342_HS1-416511228_319.1 Flying Discs 1949
Agency: Department of War
Incident date: 1/9/50
Page 65
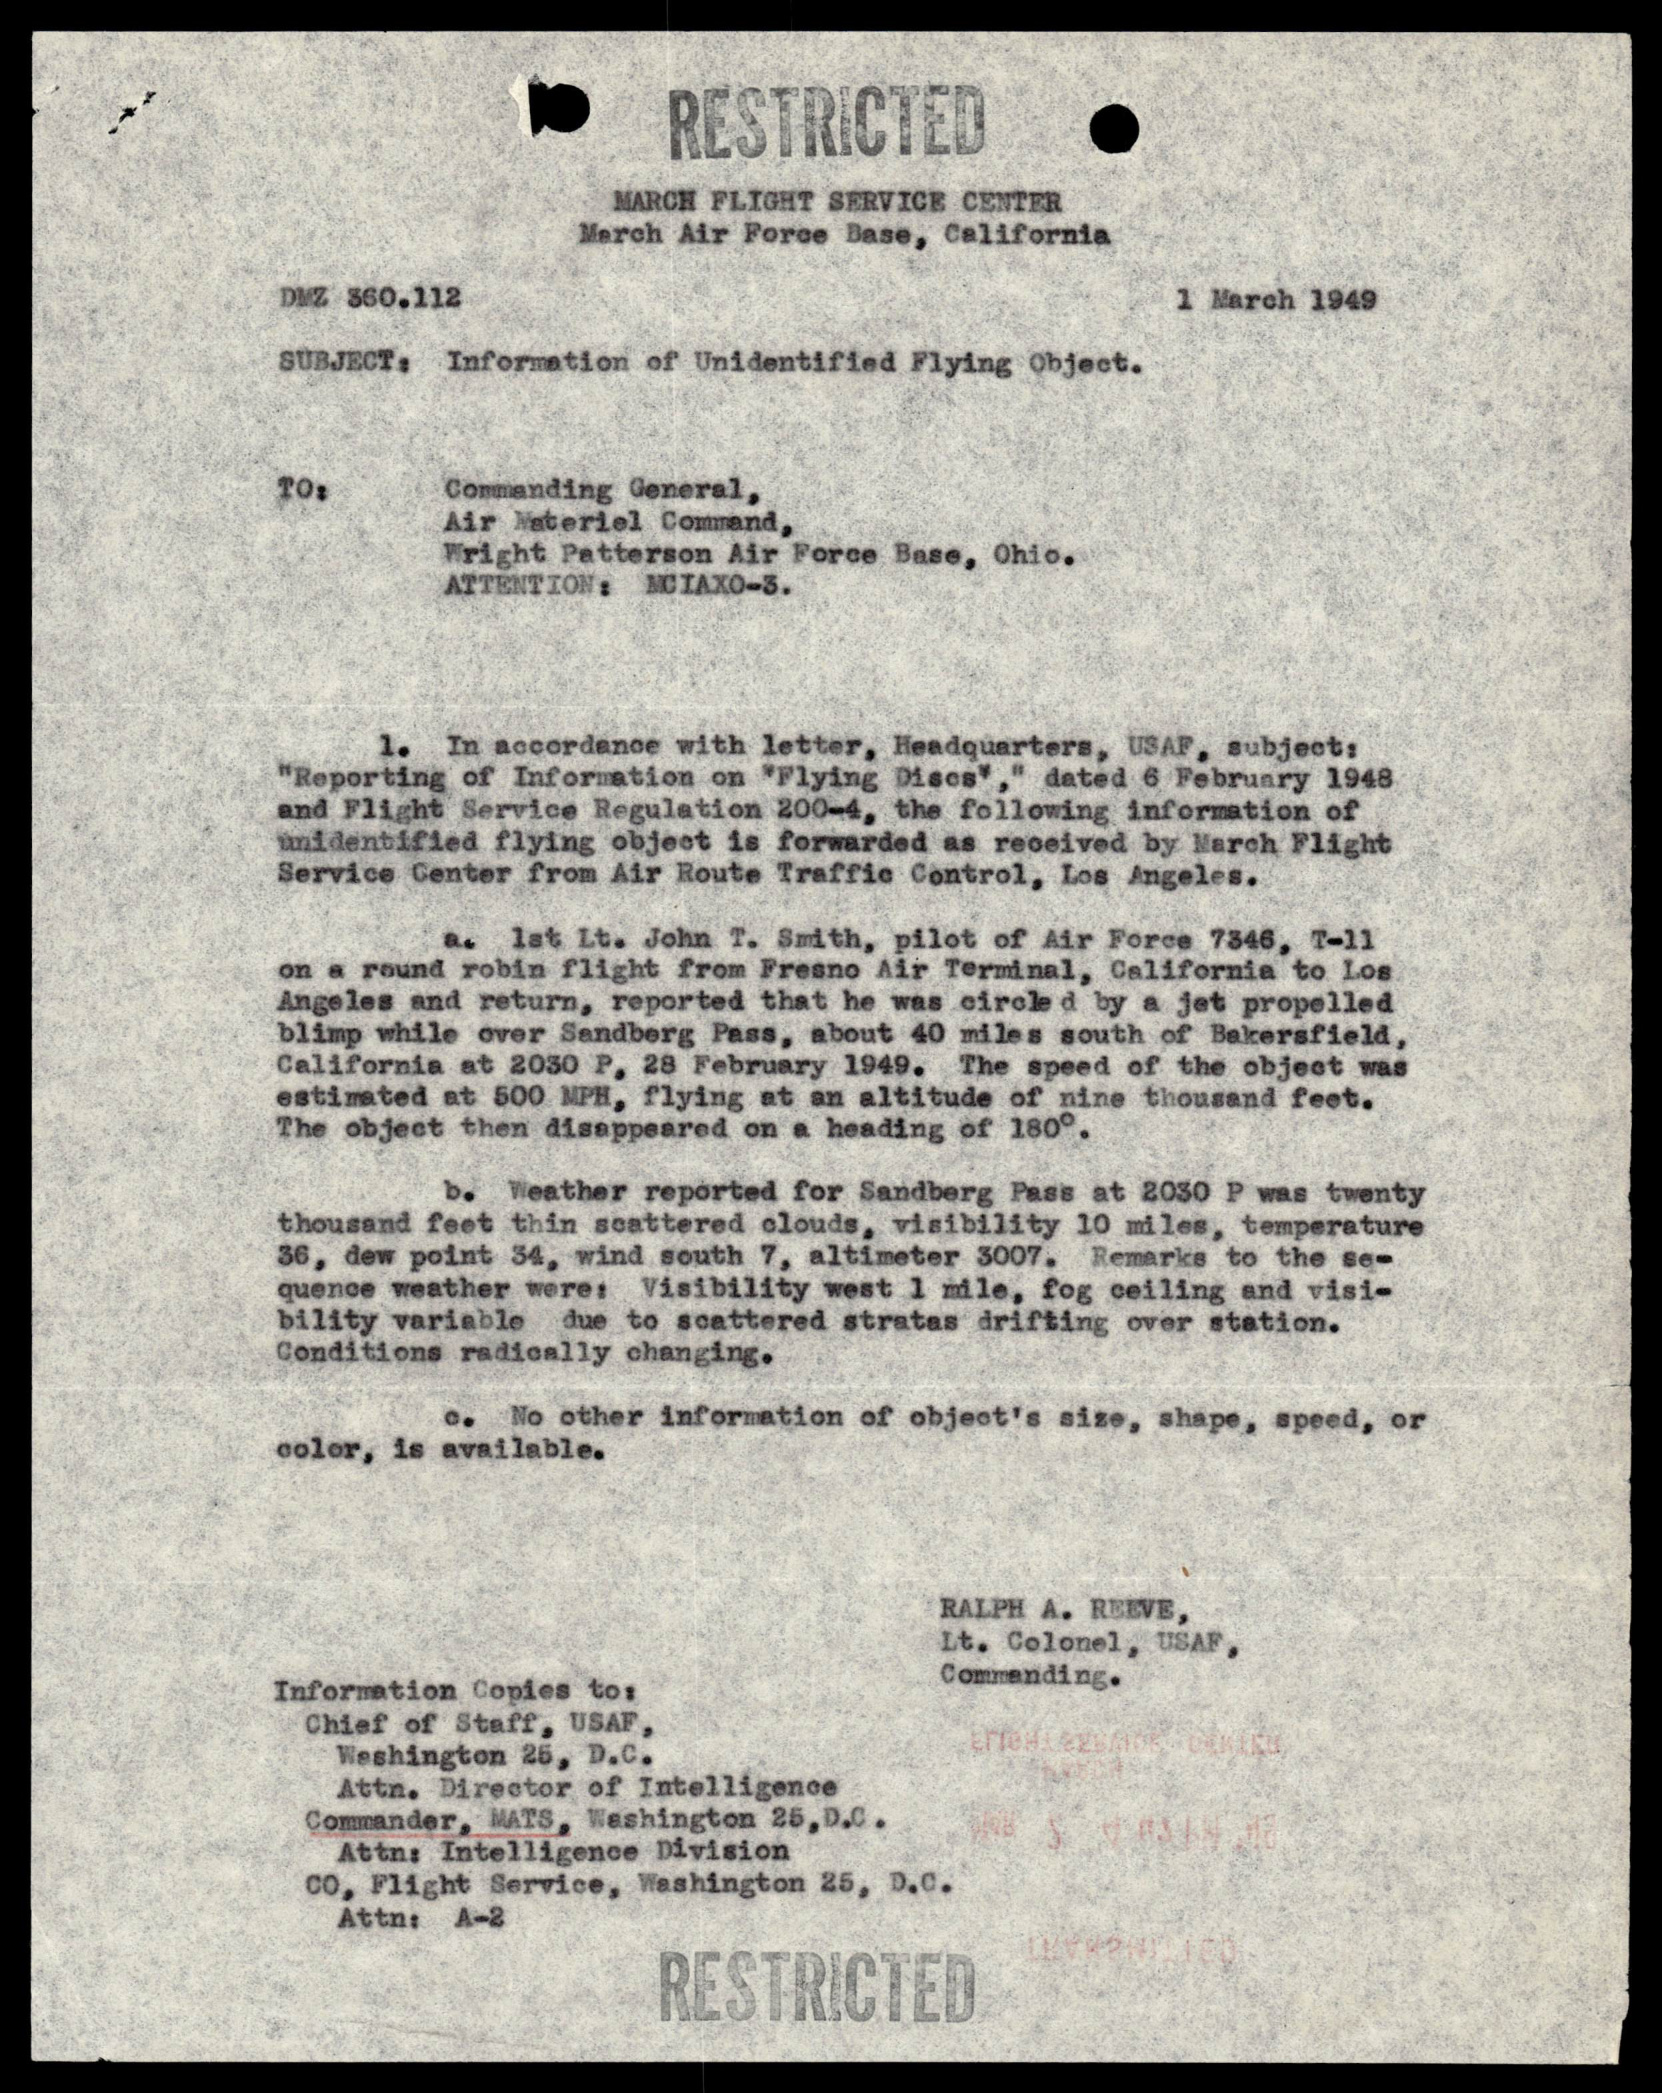